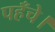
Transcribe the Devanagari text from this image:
पहँचे।